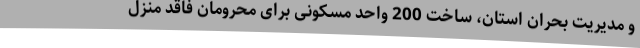
و مدیریت بحران‌ استان، ساخت 200 واحد مسکونی برای محرومان فاقد منزل